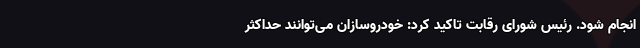
انجام شود. رئیس شورای رقابت تاکید کرد: خودروسازان می‌توانند حداکثر